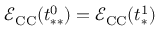
\mathcal { E } _ { \mathrm { C C } } ( t _ { * * } ^ { 0 } ) = \mathcal { E } _ { \mathrm { C C } } ( t _ { * } ^ { 1 } )